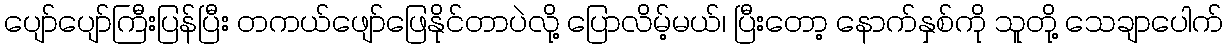
ပျော်ပျော်ကြီးပြန်ပြီး တကယ်ဖျော်ဖြေနိုင်တာပဲလို့ ပြောလိမ့်မယ်၊ ပြီးတော့ နောက်နှစ်ကို သူတို့ သေချာပေါက်